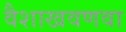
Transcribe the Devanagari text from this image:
वैशाखवणवा